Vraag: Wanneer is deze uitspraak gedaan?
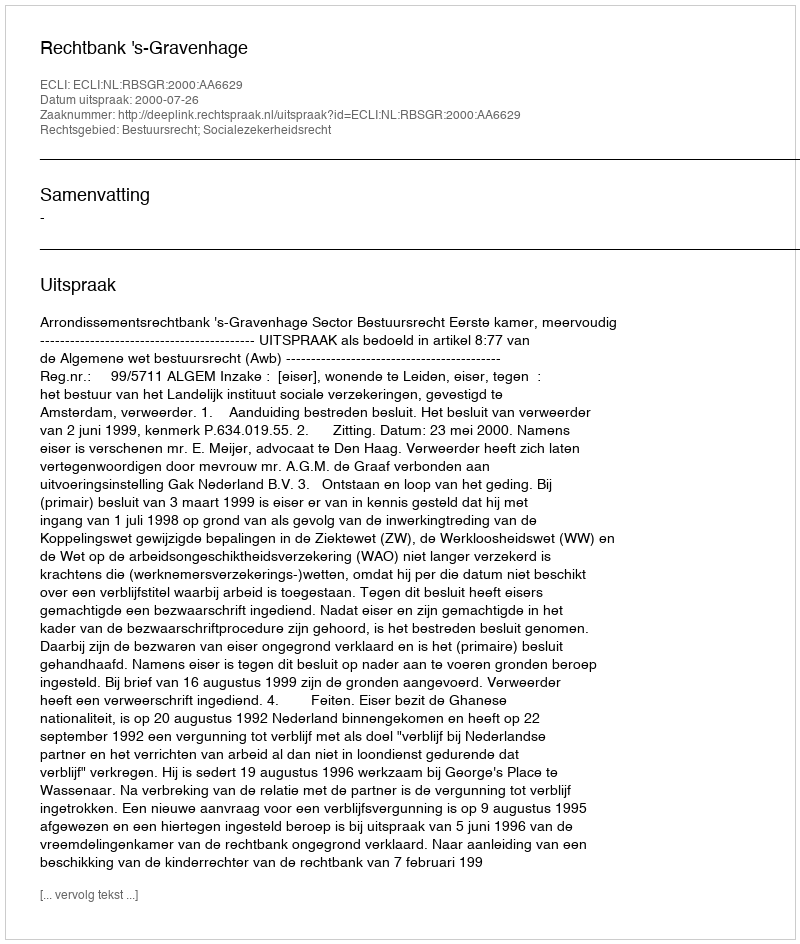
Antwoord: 2000-07-26